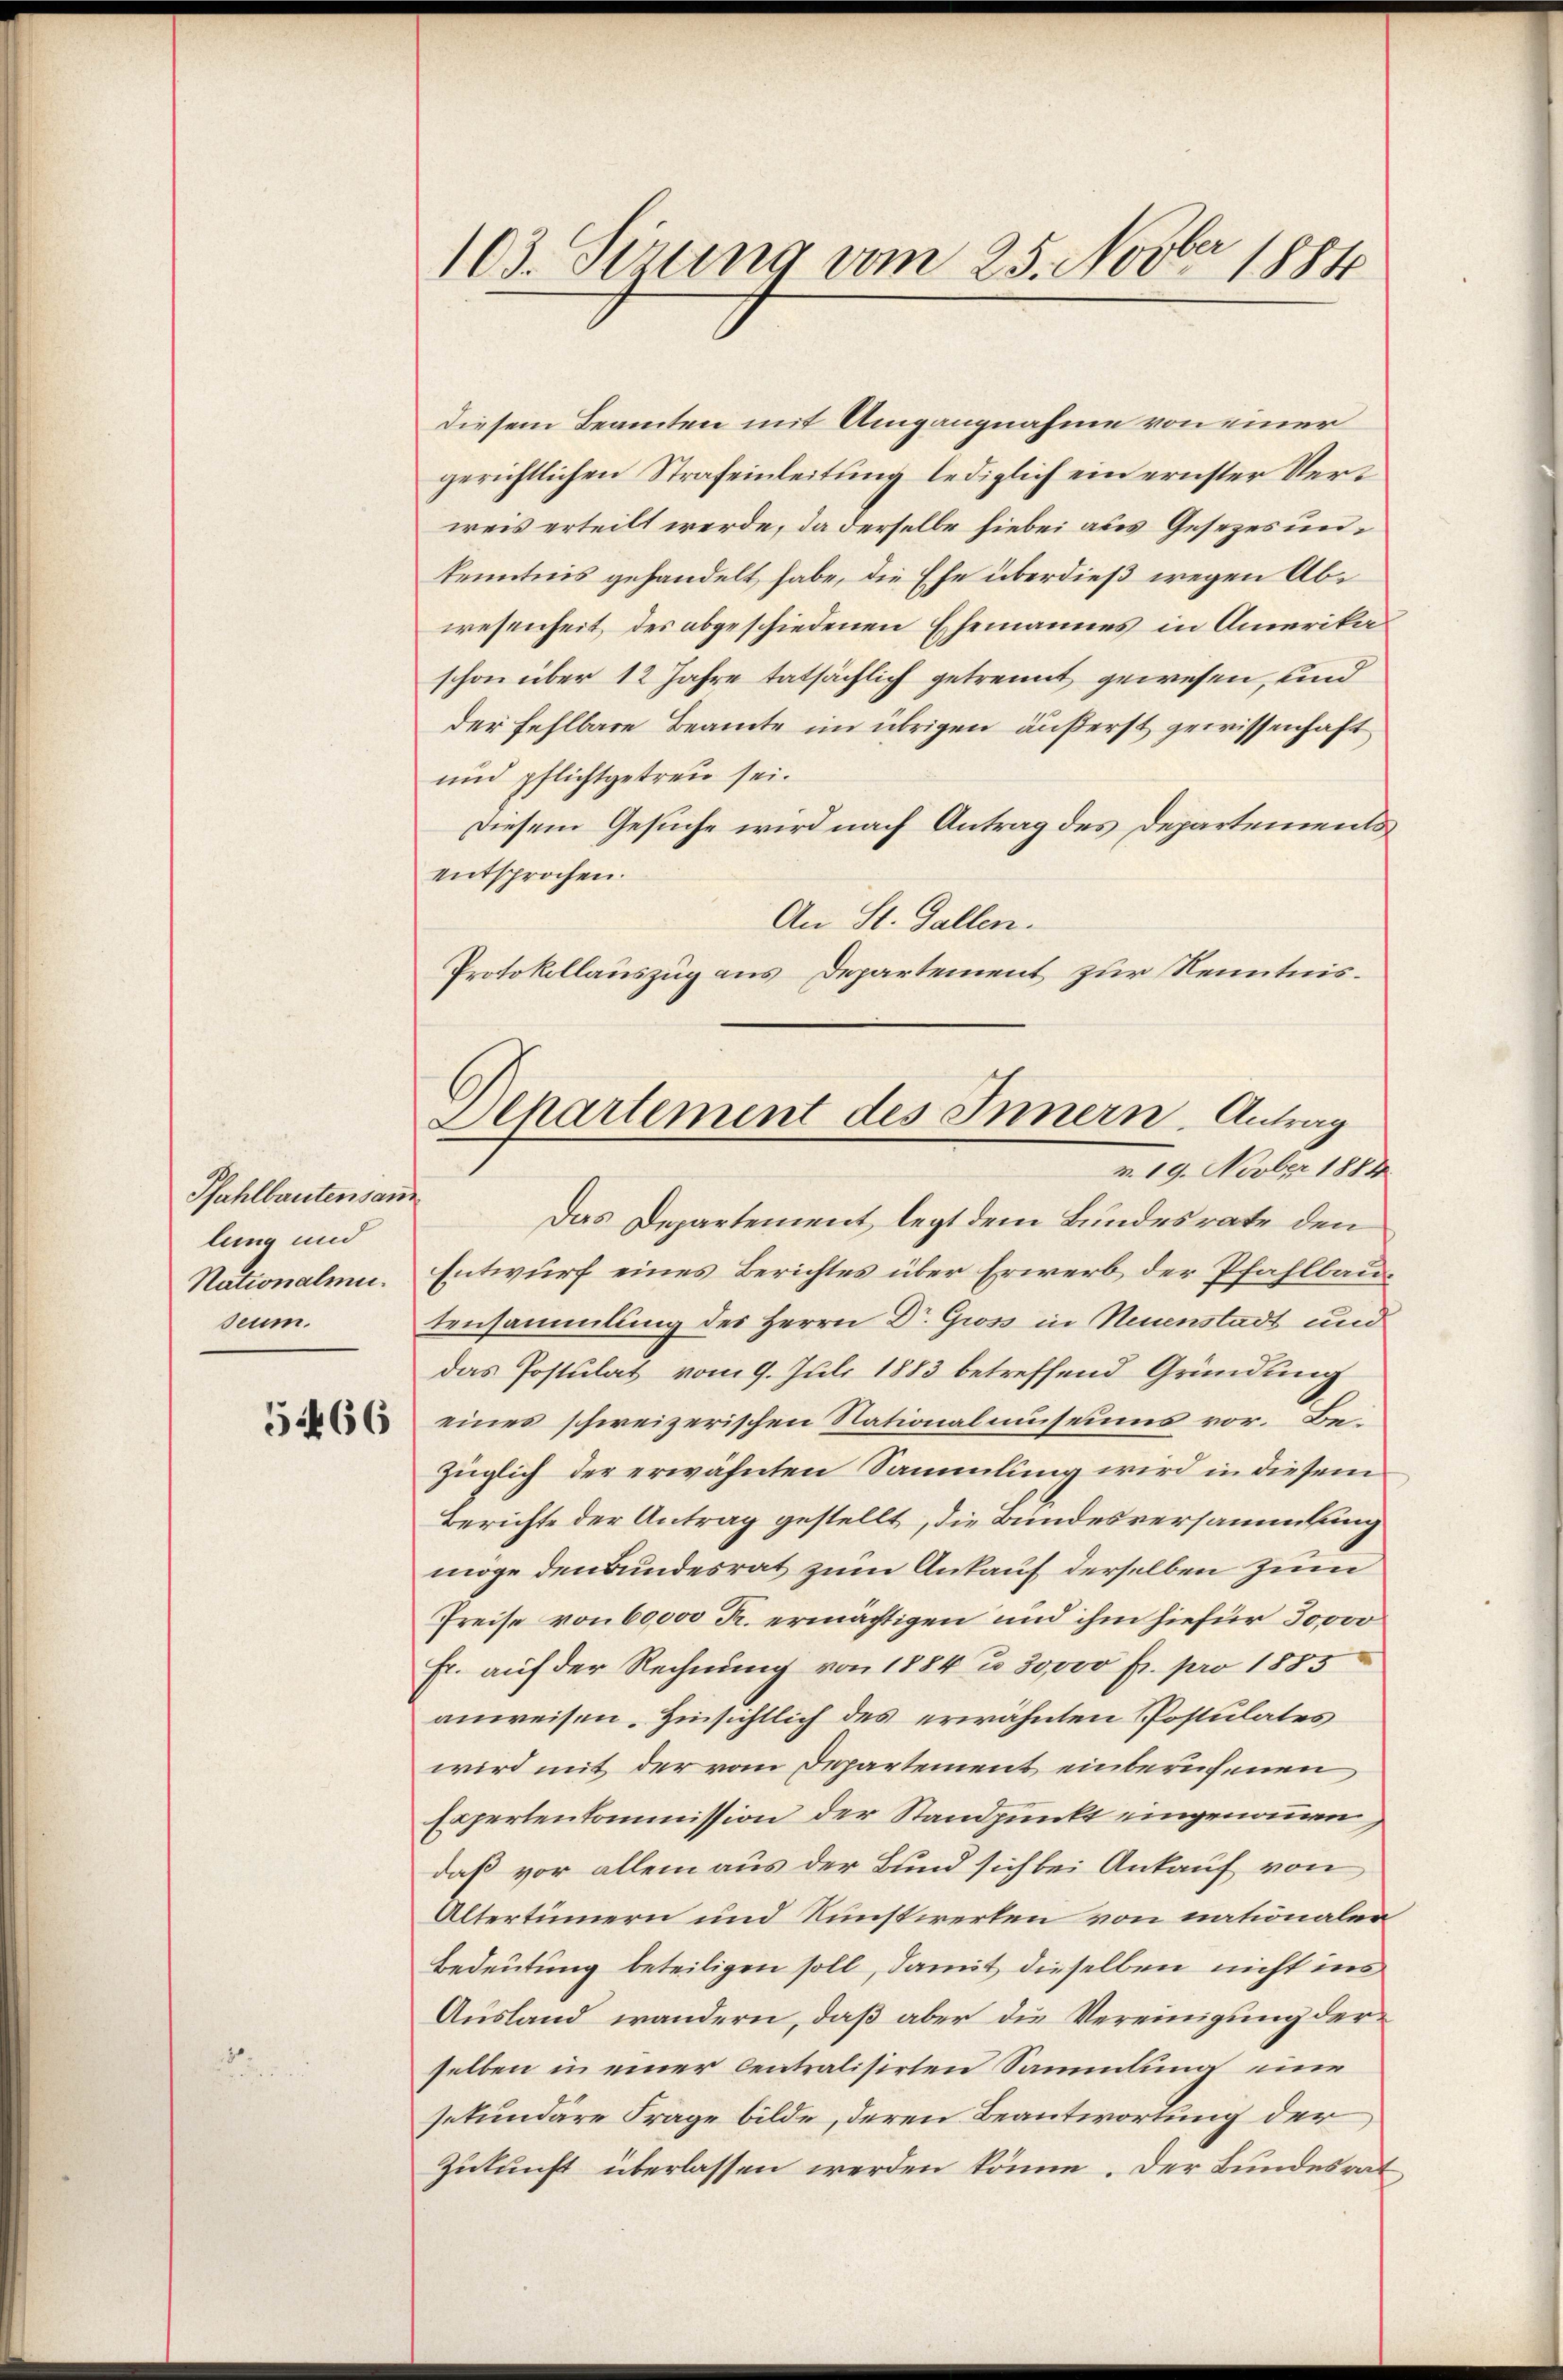
Pfahlbautensan
lung und
Nationalme
seum.

5466

103. Sirung vom 25. Novber 1884

Diesem Beamten mit Umgangnahme von einer
gerichtlichen Strafeinleitung lediglich ein ernster Verweis erteilt werde, da derselbe hiebei aus Gesezes unkenntnis gehandelt habe, die Ehe überdieß wegen Abwesenheit, des abgeschiedenen Ehemannes in Amerikaschon über 12 Jahre tatsächlich getrennt gewesen, und
der fehlbare Beamte im übrigen äußerst gewissenhaft
und pflichtgetreu sei.
Diesem Gesuche wird nach Antrag des Departements
entsprochen.
An St. Gallen.
Protokollauszug aus Departement zur Kenntnis¬
Das Departement legt dem Bundesrate den
Entwurf eines Berichtes über Erwerb der Pfahlbautensammlung des Herrn Dr. Gross in Neuenstadt und
das Postulat vom 9. Juli 1883 betreffend Gründung
eines schweizerischen Nationalmuseums vor. Bezüglich der erwähnten Sammlung wird in diesem
Berichte der Antrag gestellt, die Bundesversammlung
möge den Bundesrat zum Ankauf derselben zum
Preise von 60,000 Fr. ermächtigen und ihm hiefür 30000
Fr. auf der Rechnung von 1884 u. 30,000 fr. pro 1885
anweisen. Hinsichtlich des erwähnten Postulates
wird mit der vom Departement einberufenen
Expertenkommission der Standpunkt eingenommen,
daß vor allem aus der Bund sich bei Ankauf von
Altertümern und Kunstwerten von nationaler
Bedeutung beteiligen soll, damit dieselben nicht ins
Ausland wandern, daß aber die Vereinigung der
selben in einer centralisirten Sammlung eine
sekundäre Frage bilde, deren Beantwortung der
Zukunft überlassen werden könne. Der Bundesrat

Elhartement des Innern, Antrag
v. 19. Novber 1884.